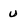
Character: u